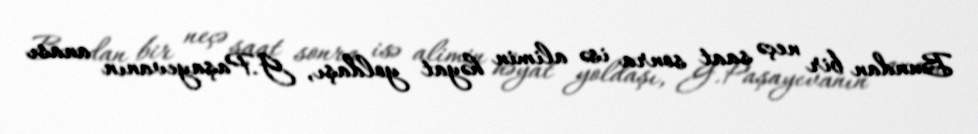
Bundan bir neçə saat sonra isə alimin həyat yoldaşı, G.Paşayevanın anası